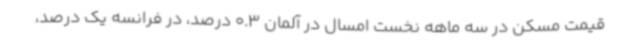
قیمت مسکن در سه ماهه نخست امسال در آلمان 0.3 درصد، در فرانسه یک درصد،